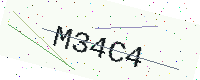
Text: M34C4